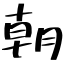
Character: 朝